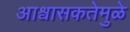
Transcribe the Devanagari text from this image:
आश्वासकतेमुळे